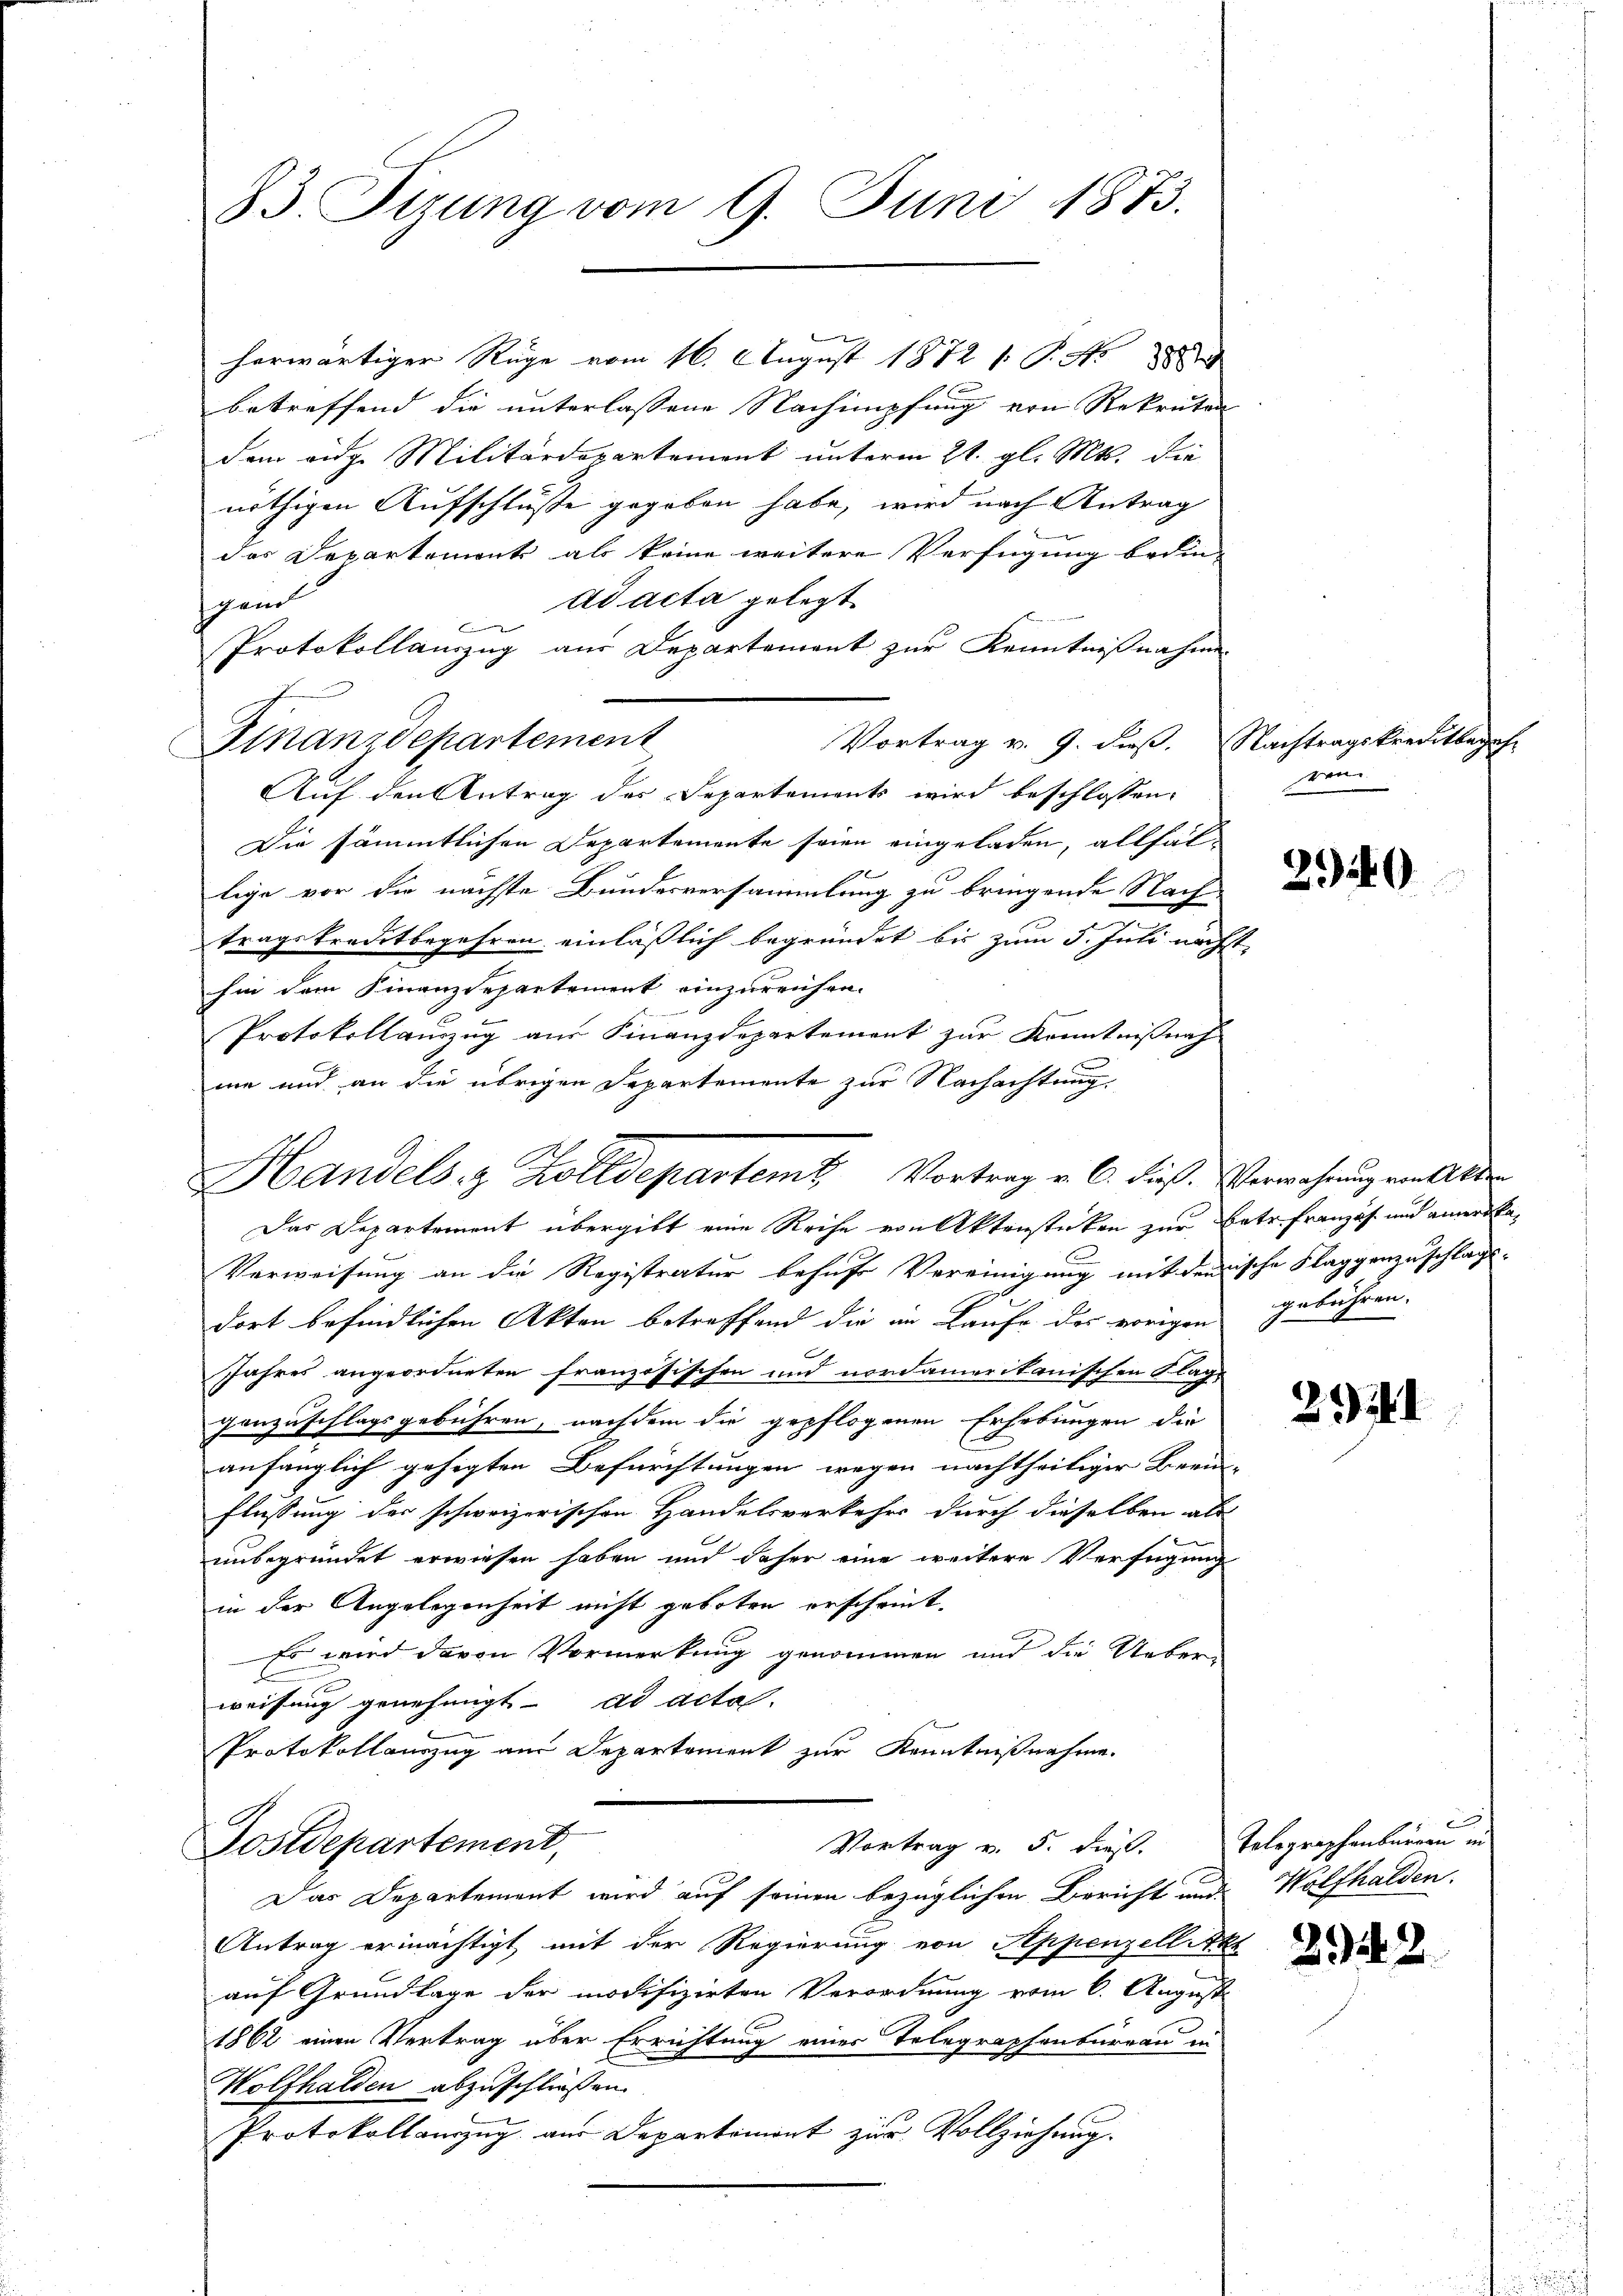
83. Sizung vom 9. Juni 1873.

herwärtiger Rüge vom 16. August 1872 /: P. Nr.
betreffend die unterlassene Nachimpfung von Rekruten
dem eidge Militärdepartement unterm 21. gl. Mts. die
nöthigen Aufschlüsse gegeben habe, wird nach Antrag
das Departemont als keine weitere Verfügung bedin-
ad acta gelegt.
hend
n
Protokollauszug aus Departement zur Kenntnißnahme
Finanzdepartement
Vortrag v. 9. dieß. Nachtragskreditbegehr
Auf den Antrag des Departements wird beschlossen:
Die sämmtlichen Departemente seien eingeladen, allfällige vor die nächste Bundesversammlung zu bringende Nach-
tragskreditbegehren einläßlich begründet bis zum 5. Juli nächst
hin dem Finanzdepartement einzureichen.
e
Protokollauszug aus Finanzdepartement zur Kenntnißnah
me und an die übrigen Departemente zur Nachachtung,
Das Departement übergibt eine Reihe von Aktenstücken zur Betr. Französ. und amerika¬
Verweisung an die Registratur behufs Vereinigung mit demische Flaggenzuschlags-
dort befindlichen Akten betreffend die an Laufe des vorigen gebühren.
Jahres angeordneten französischen und nordamerikanischen Klage
genzuschlagsgebühren, nachdem die gepflogenen Erhebungen die
anfänglich gehegten Befürchtungen wegen nachtheiliger Beein-
Flüssung der schweizerischen Handelsverkehrs durch dieselben als
unbegründet erwiesen haben und daher eine weitere Verfügung
in der Angelegenheit nicht geboten erscheint.
Es wird davon Vormerkung genommen und die Ueber-
weisung genehmigt ad acta.
Protokollauszug am Departement zur Kenntnißnahme.
Vortrag v. 5. dieß. Telegraphenburgau in
Postdepartement,
Das Departement wird auf seinen bezüglichen Bericht und Wolfhalden.
Antrag ermächtigt mit der Regierung von Appenzell Akt
auf Grundlage der modifizirten Verordnung vom 6. August
1862 einen Vertrag über Errichtung eines Telegraphenburgau in
Wolfhalden abzuschließen.
Protokollamzug aus Departemont zur Vollziehung.

Handels- & Zolldepartemb. Vortrag v. 6. dieß. Verwehnung von Alter

ren

2949

221. d.

2942